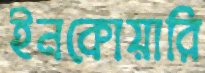
ইনকোয়ারি